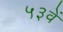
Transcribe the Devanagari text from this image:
५३वें